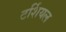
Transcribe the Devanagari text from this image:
टर्शियल